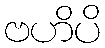
ဗဟိပိ